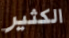
الكثير